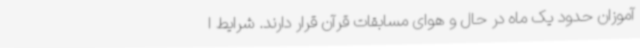
آموزان حدود یک ماه در حال و هوای مسابقات قرآن قرار دارند. شرایط ا